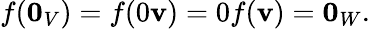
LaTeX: f(\mathbf{0}_{V})=f(0\mathbf{v})=0f(\mathbf{v})=\mathbf{0}_{W}.